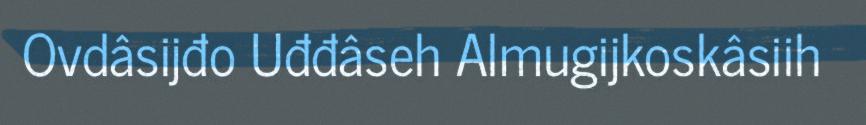
Ovdâsijđo Uđđâseh Almugijkoskâsiih